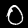
Label: 0